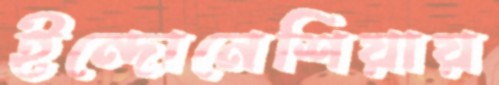
ইন্দোনেশিয়ায়